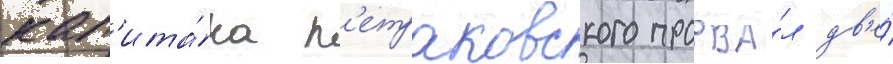
кап'ита́на п'етраковского прорва́л дв'е́